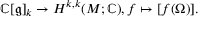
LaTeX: \mathbb { C } [ { \mathfrak { g } } ] _ { k } \to H ^ { k , k } ( M ; \mathbb { C } ) , f \mapsto [ f ( \Omega ) ] .